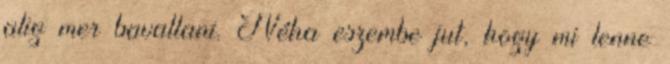
alig mer bavallani. Néha eszembe jut, hogy mi lenne